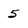
Character: 5